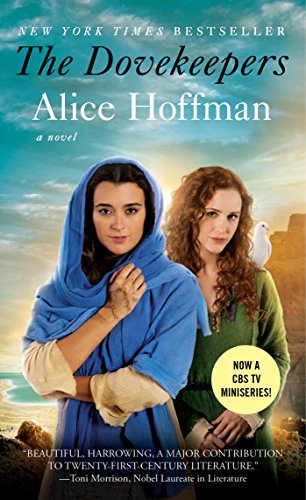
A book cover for The Dovekeepers: A Novel; Alice Hoffman; Literature & Fiction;